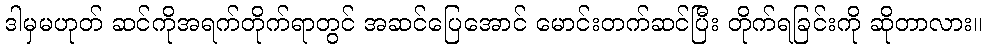
ဒါမှမဟုတ် ဆင်ကိုအရက်တိုက်ရာတွင် အဆင်ပြေအောင် မောင်းတက်ဆင်ပြီး တိုက်ရခြင်းကို ဆိုတာလား။